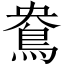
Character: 鴦